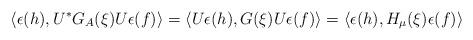
LaTeX: \begin{align*}\langle \epsilon(h) , U^*G_A(\xi)U \epsilon(f)\rangle=\langle U\epsilon(h) , G(\xi)U \epsilon(f)\rangle=\langle \epsilon(h) , H_\mu (\xi) \epsilon(f)\rangle\end{align*}